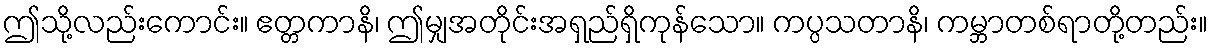
ဤသို့လည်းကောင်း။ ဧတ္တကာနိ၊ ဤမျှအတိုင်းအရှည်ရှိကုန်သော။ ကပ္ပသတာနိ၊ ကမ္ဘာတစ်ရာတို့တည်း။